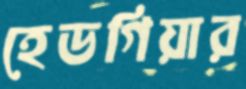
হেডগিয়ার